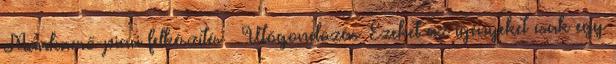
Munkaerő-piaci felkészítés  Utógondozás Ezeket az igényeket csak egy